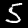
Label: 5